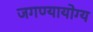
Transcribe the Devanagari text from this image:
जगण्यायोग्य